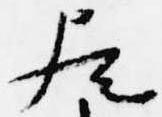
歟